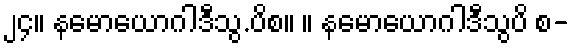
၂၄။ နမောယောဂါဒီသွ.ပိစ။ ။ နမောယောဂါဒီသွပိ စ-